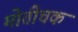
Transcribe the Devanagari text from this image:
मोतीचक